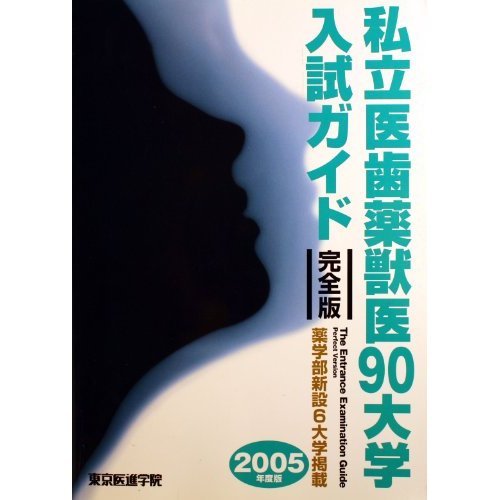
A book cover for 90 college entrance examination guide full version private dentistry veterinary medicine <2005 edition> (2004) ISBN: 4881422596 [Japanese Import]; Medical Books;